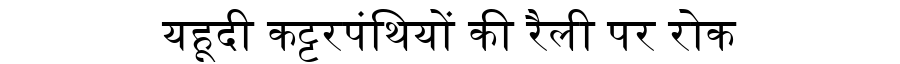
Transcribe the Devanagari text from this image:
यहूदी कट्टरपंथियों की रैली पर रोक